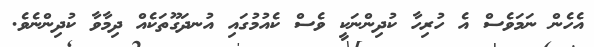
އެހެން ނަމަވެސް އެ ހުރިހާ ކުދިންނަކީ ވެސް ކެއުމުގައި އުނދަގޫތަކެއް ދިމާވާ ކުދިންނެވެ.